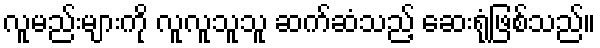
လူမည်းများကို လူလူသူသူ ဆက်ဆံသည့် ဆေးရုံဖြစ်သည်။